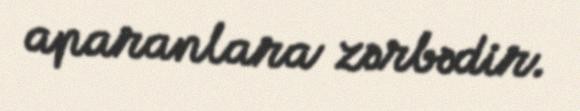
aparanlara zərbədir.